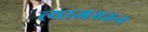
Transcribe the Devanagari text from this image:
त्याजवरुन